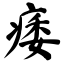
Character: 痿